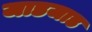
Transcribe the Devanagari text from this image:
जाडजाड